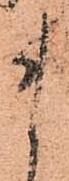
ま